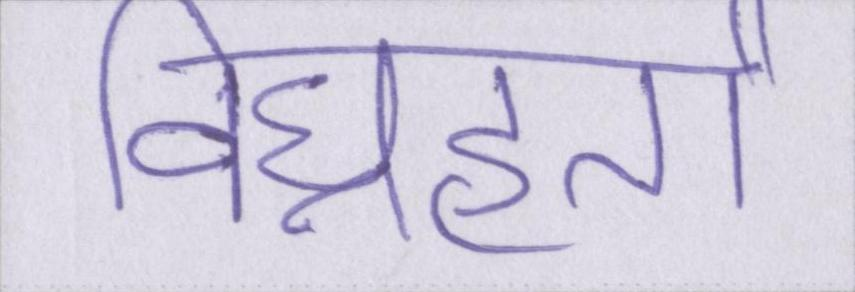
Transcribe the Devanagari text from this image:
विघ्नहर्ता